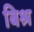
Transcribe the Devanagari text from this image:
बिश्र